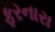
ફરનારા